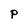
Character: P